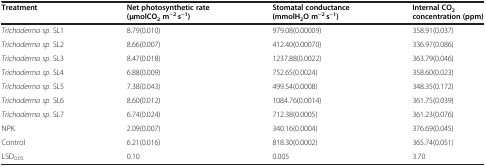
<table><thead><tr><td><b>Treatment</b></td><td><b>Net photosynthetic rate (μmolCO<sub>2</sub>m<sup>−2</sup> s<sup>−1</sup>)</b></td><td><b>Stomatal conductance (mmolH<sub>2</sub>O m<sup>−2</sup> s<sup>−1</sup>)</b></td><td><b>Internal CO<sub>2</sub>concentration (ppm)</b></td></tr></thead><tbody><tr><td><i>Trichoderma sp</i>. SL1</td><td>8.79(0.010)</td><td>979.08(0.00009)</td><td>358.91(0.037)</td></tr><tr><td><i>Trichoderma sp</i>. SL2</td><td>8.66(0.007)</td><td>412.40(0.00070)</td><td>336.97(0.086)</td></tr><tr><td><i>Trichoderma sp</i>. SL3</td><td>8.47(0.018)</td><td>1237.88(0.0022)</td><td>363.79(0.046)</td></tr><tr><td><i>Trichoderma sp</i>. SL4</td><td>6.88(0.009)</td><td>752.65(0.0024)</td><td>358.60(0.023)</td></tr><tr><td><i>Trichoderma sp</i>. SL5</td><td>7.38(0.043)</td><td>499.54(0.0008)</td><td>348.35(0.172)</td></tr><tr><td><i>Trichoderma sp</i>. SL6</td><td>8.60(0.012)</td><td>1084.76(0.0014)</td><td>361.75(0.039)</td></tr><tr><td><i>Trichoderma sp</i>. SL7</td><td>6.74(0.024)</td><td>712.38(0.0005)</td><td>361.23(0.076)</td></tr><tr><td>NPK</td><td>2.09(0.007)</td><td>340.16(0.0004)</td><td>376.69(0.045)</td></tr><tr><td>Control</td><td>6.21(0.016)</td><td>818.30(0.0002)</td><td>365.74(0.051)</td></tr><tr><td>LSD<sub>0.05</sub></td><td>0.10</td><td>0.005</td><td>3.70</td></tr></tbody></table>